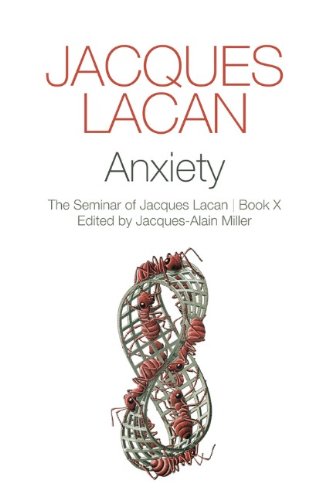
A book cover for Anxiety: The Seminar of Jacques Lacan, Book X; Jacques Lacan; Medical Books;